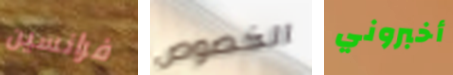
فرانسين الخصوص أخبروني